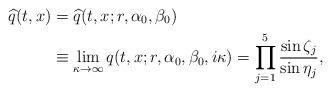
LaTeX: \begin{align*}\widehat{q}(t, x) &=\widehat{q}(t,x; r, \alpha_0, \beta_0)\\&\equiv \lim_{\kappa \to \infty} q(t, x; r, \alpha_0, \beta_0, i \kappa)= \prod_{j=1}^5 \frac{\sin \zeta_j}{\sin \eta_j},\end{align*}